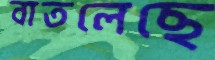
বাতলেছে